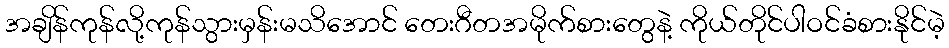
အချိန်ကုန်လို့ကုန်သွားမှန်းမသိအောင် တေးဂီတအမိုက်စားတွေနဲ့ ကိုယ်တိုင်ပါဝင်ခံစားနိုင်မဲ့